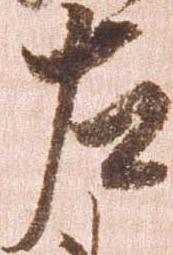
左